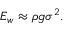
E _ { w } \approx \rho g \sigma ^ { 2 } .